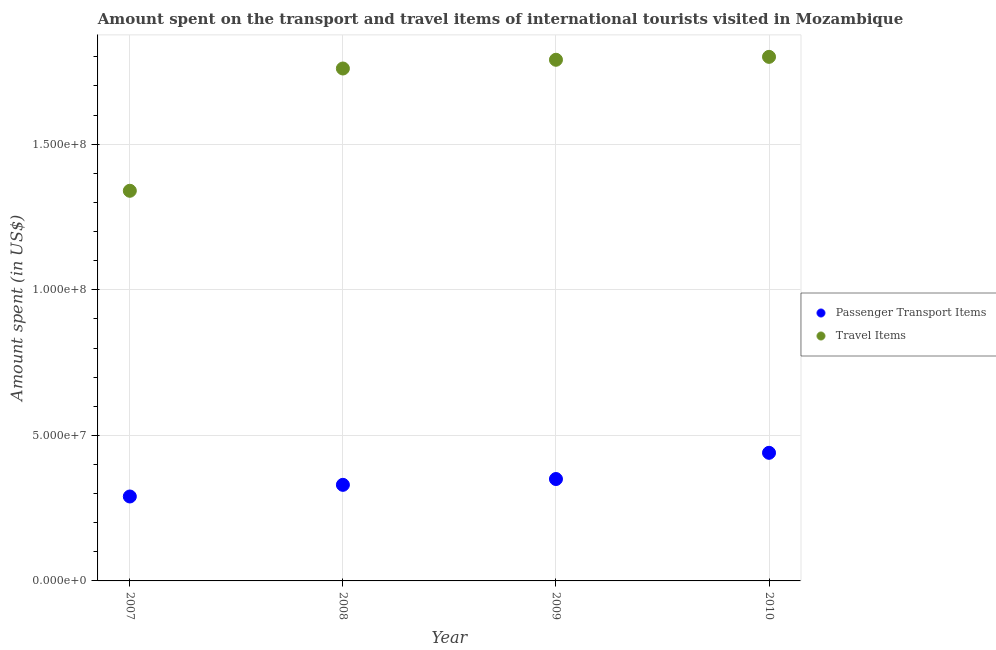
| Year | Passenger Transport Items | Travel Items |
 | --- | --- | --- |
 | 2007 | 2.9e+07 | 1.34e+08 |
 | 2008 | 3.3e+07 | 1.76e+08 |
 | 2009 | 3.5e+07 | 1.79e+08 |
 | 2010 | 4.4e+07 | 1.8e+08 |